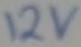
Text: 12v